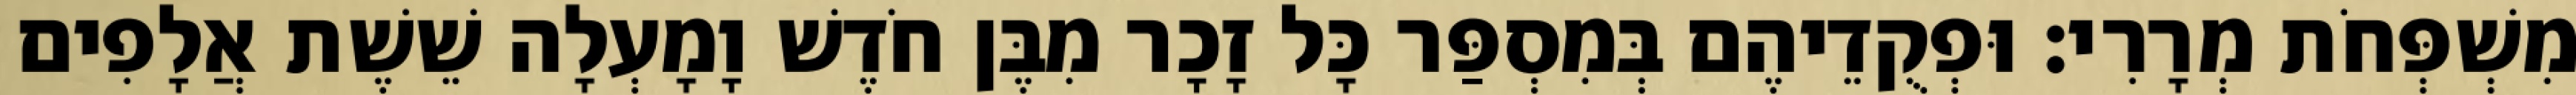
מִשְׁפְּחֹת מְרָרִי׃ וּפְקֻדֵיהֶם בְּמִסְפַּר כָּל זָכָר מִבֶּן חֹדֶשׁ וָמָעְלָה שֵׁשֶׁת אֲלָפִים